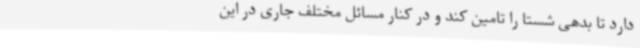
دارد تا بدهی شستا را تامین کند و در کنار مسائل مختلف جاری در این